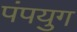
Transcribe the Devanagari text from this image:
पंपयुग